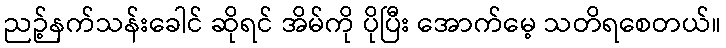
ညဉ့်နက်သန်းခေါင် ဆိုရင် အိမ်ကို ပိုပြီး အောက်မေ့ သတိရစေတယ်။